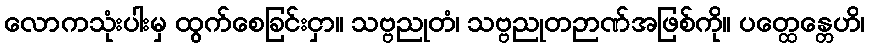
လောကသုံးပါးမှ ထွက်စေခြင်းငှာ။ သဗ္ဗညုတံ၊ သဗ္ဗညုတဉာဏ်အဖြစ်ကို။ ပတ္ထေန္တေဟိ၊